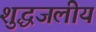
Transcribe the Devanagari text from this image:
शुद्धजलीय